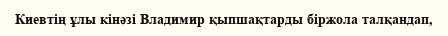
Киевтің ұлы кінәзі Владимир қыпшақтарды біржола талқандап,